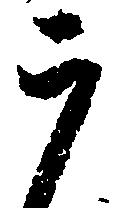
う